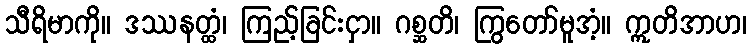
သီရိမာကို။ ဒဿနတ္ထံ၊ ကြည့်ခြင်းငှာ။ ဂစ္ဆတိ၊ ကြွတော်မူအံ့။ ဣတိအာဟ၊